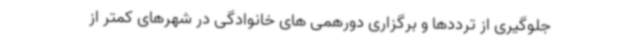
جلوگیری از ترددها و برگزاری دورهمی های خانوادگی در شهرهای کمتر از